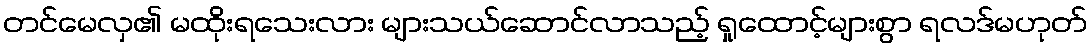
တင်မေလှ၏ မထိုးရသေးလား များသယ်ဆောင်လာသည့် ရှုထောင့်များစွာ ရလဒ်မဟုတ်